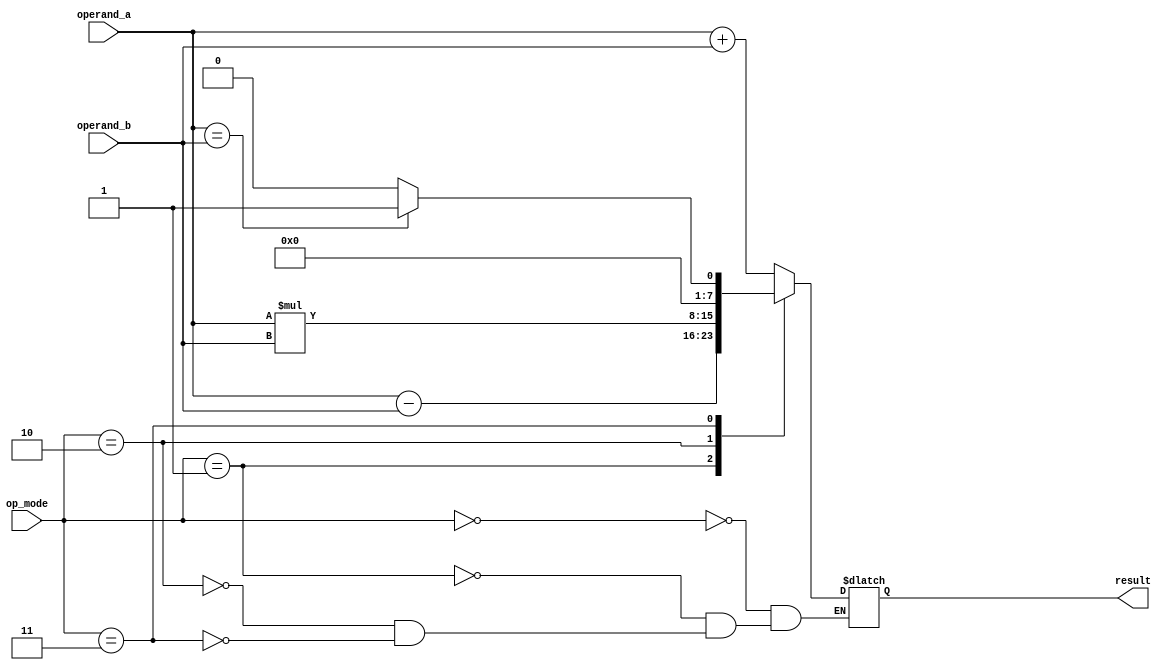
module ALU #(parameter WIDTH = 8) (
    input [WIDTH-1:0] operand_a,
    input [WIDTH-1:0] operand_b,
    input [2:0] op_mode, // 0: addition, 1: subtraction, 2: multiplication, 3: comparison
    output [WIDTH-1:0] result
);

reg [WIDTH-1:0] add_result, sub_result, mul_result;
reg [WIDTH-1:0] comp_result;

always @(*)
begin
    case(op_mode)
        3'b000: result = operand_a + operand_b; // addition
        3'b001: result = operand_a - operand_b; // subtraction
        3'b010: result = operand_a * operand_b; // multiplication
        3'b011: result = (operand_a == operand_b) ? WIDTH'b1 : WIDTH'b0; // comparison
    endcase
end

endmodule